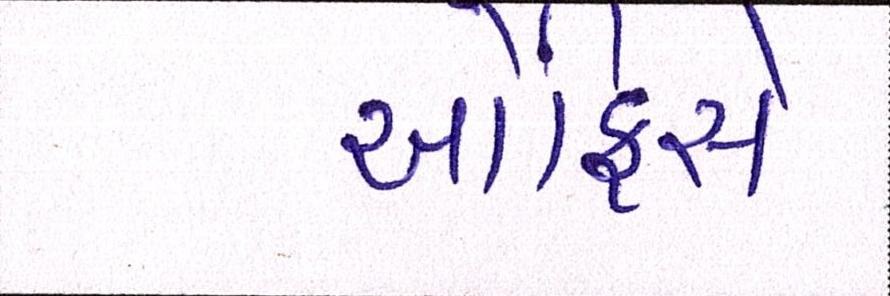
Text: ઓફિસે